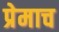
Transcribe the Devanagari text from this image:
प्रेमाच